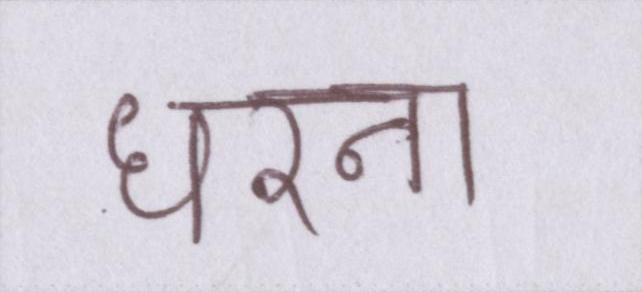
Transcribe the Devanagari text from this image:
धरना